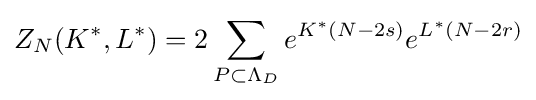
Z_{N}(K^{*},L^{*})=2\sum _{P\subset \Lambda _{D}}e^{K^{*}(N-2s)}e^{L^{*}(N-2r)}